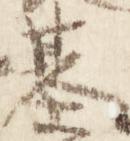
基